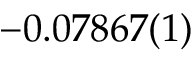
- 0 . 0 7 8 6 7 ( 1 )